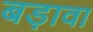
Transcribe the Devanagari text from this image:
बड़ावा